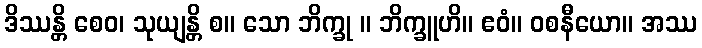
ဒိဿန္တိ စေဝ၊ သုယျန္တိ စ။ သော ဘိက္ခု ။ ဘိက္ခူဟိ။ ဧဝံ။ ဝစနီယော။ အဿ